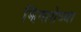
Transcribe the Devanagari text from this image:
झिंगारोच्या